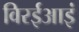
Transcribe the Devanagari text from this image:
विरईआइं